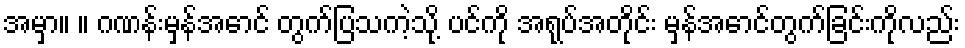
အမှာ။ ။ ဂဏန်းမှန်အောင် တွက်ပြသကဲ့သို့ ပင်ကို အရုပ်အတိုင်း မှန်အောင်တွက်ခြင်းကိုလည်း